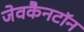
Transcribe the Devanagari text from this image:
जेवकैनटॉन